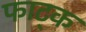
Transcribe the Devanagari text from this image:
फाट्क